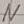
Text: N